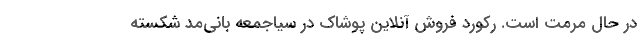
در حال مرمت است. رکورد فروش آنلاین پوشاک در سیاجمعه بانی‌مد شکسته